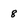
Character: 8